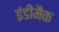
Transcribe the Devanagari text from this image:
इंडीमैक